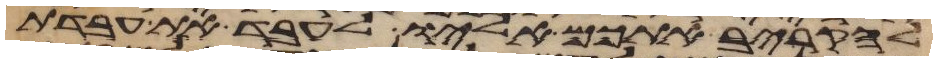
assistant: להקריב אתכם אליו לעבד את עבדת